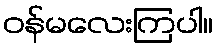
ဝန်မလေးကြပါ။